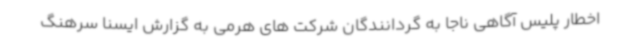
اخطار پلیس آگاهی ناجا به گردانندگان شرکت های هرمی به گزارش ایسنا سرهنگ